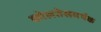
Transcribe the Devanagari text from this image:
कोलतेसमर्थक